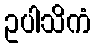
ဥပါသိကံ